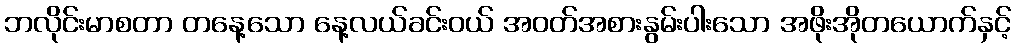
ဘလိုင်းမာစတာ တနေ့သော နေ့လယ်ခင်းဝယ် အဝတ်အစားနွမ်းပါးသော အဖိုးအိုတယောက်နှင့်